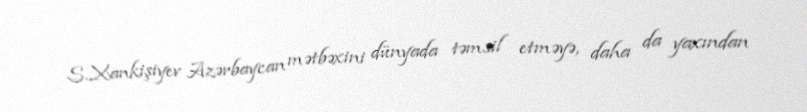
S.Xankişiyev Azərbaycan mətbəxini dünyada təmsil etməyə, daha da yaxından